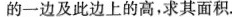
的一边及此边上的高，求其面积.